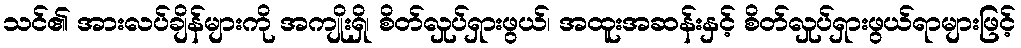
သင်၏ အားလပ်ချိန်များကို အကျိုးရှိ၊ စိတ်လှုပ်ရှားဖွယ်၊ အထူးအဆန်းနှင့် စိတ်လှုပ်ရှားဖွယ်ရာများဖြင့်